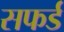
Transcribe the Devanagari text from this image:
सफर्ड